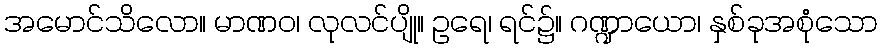
အမောင်သိလော။ မာဏဝ၊ လုလင်ပျို။ ဥရေ၊ ရင်၌။ ဂဏ္ဍာယော၊ နှစ်ခုအစုံသော